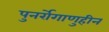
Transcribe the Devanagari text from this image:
पुनर्रोगाणुहीन